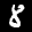
Label: 8